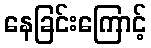
နေခြင်းကြောင့်